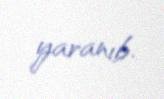
yaranıb.